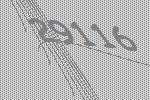
29116